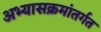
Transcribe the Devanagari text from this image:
अभ्यासक्रमांतर्गत